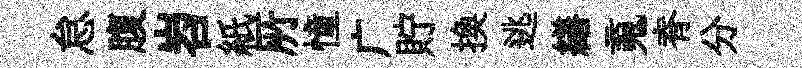
怠腹岧紙𠩄憧广貯換逃繕䰟脊分